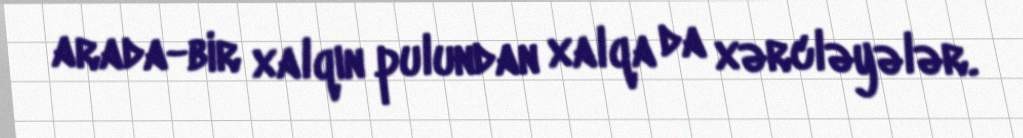
arada-bir xalqın pulundan xalqa da xərcləyələr.